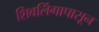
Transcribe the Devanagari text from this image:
शिवलिंगापासून